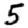
Digit: 5